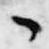
々